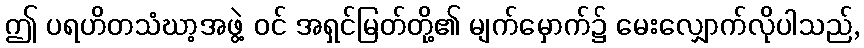
ဤ ပရဟိတသံဃာ့အဖွဲ့ ဝင် အရှင်မြတ်တို့၏ မျက်မှောက်၌ မေးလျှောက်လိုပါသည်,